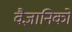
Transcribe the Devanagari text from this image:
वैज्ञानिकाें